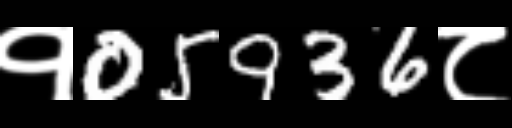
Text: १05936८